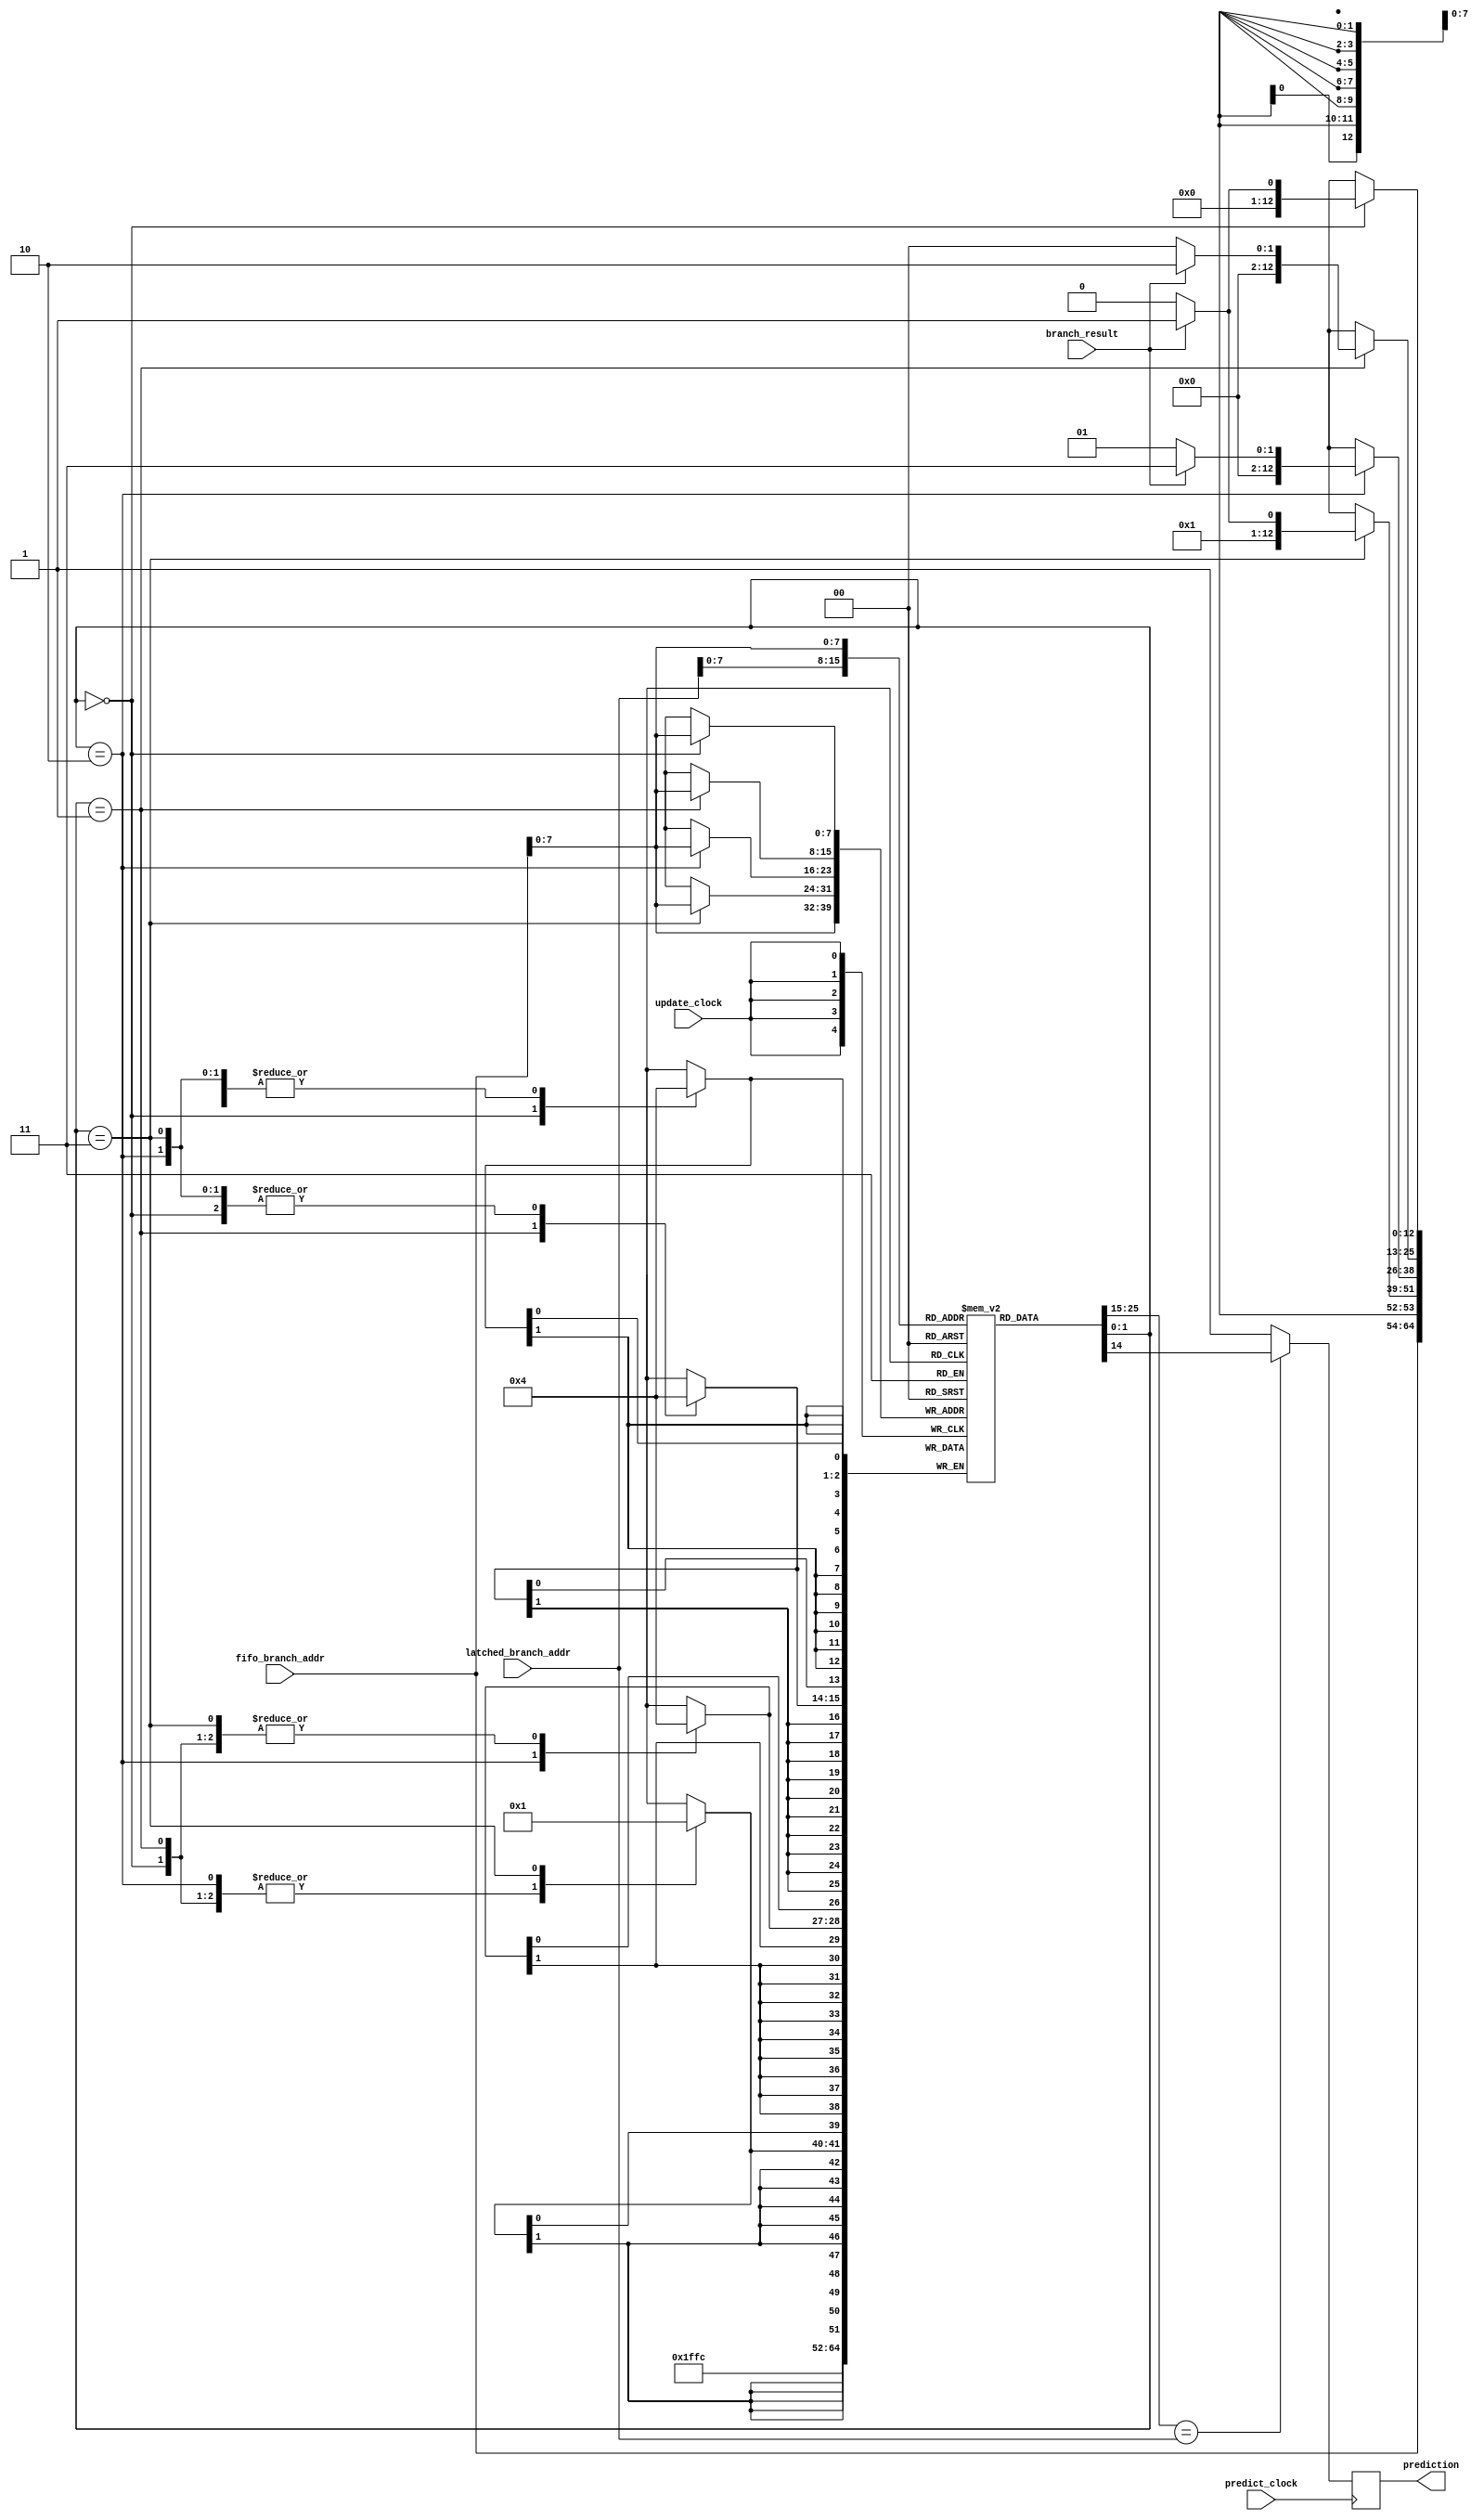
module predictor_bht	 (	input [10:0]	latched_branch_addr,
								input [10:0]	fifo_branch_addr,
								input				predict_clock,
								input				update_clock,
								input 			branch_result,
								output reg		prediction);
								
	reg [12:0] mem [255:0];
	integer i;
	
	initial begin
		for (i = 0; i < 256; i = i + 1) begin
			mem[i] = 13'b0000000000001;
		end
	end
	
	// Asegurarse que desde afuera no se enciendan update y predict a la vez
	
	
	always @ (posedge predict_clock) begin
		// si hay hit saco la prediccion
		if (mem[latched_branch_addr[7:0]][12:2] == latched_branch_addr) begin
			prediction <= mem[latched_branch_addr[7:0]][1];
		// si no hay hit. cargo la nueva address y le doy state default
		end else begin
			prediction <= 1'b1;
		end
	end
	
	always @ (posedge update_clock) begin
		case (mem[fifo_branch_addr[7:0]][1:0])
			2'b00 : mem[fifo_branch_addr[7:0]][1:0] = branch_result ? 2'b01 : 2'b00;
			2'b01 : mem[fifo_branch_addr[7:0]][1:0] = branch_result ? 2'b10 : 2'b00;
			2'b10 : mem[fifo_branch_addr[7:0]][1:0] = branch_result ? 2'b11 : 2'b01;
			2'b11 : mem[fifo_branch_addr[7:0]][1:0] = branch_result ? 2'b11 : 2'b10;
		endcase
		mem[fifo_branch_addr[7:0]][12:2] = fifo_branch_addr;
	end
endmodule